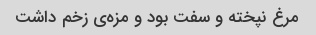
مرغ نپخته و سفت بود و مزه‌ی زخم داشت